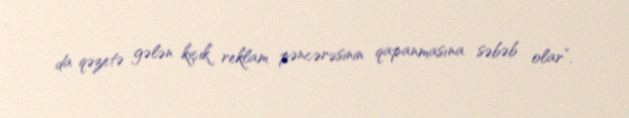
da qəzetə gələn kiçik reklam pəncərəsinin qapanmasına səbəb olar”.